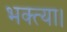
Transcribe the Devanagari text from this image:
भक्त्या।